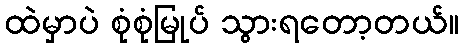
ထဲမှာပဲ စုံစုံမြုပ် သွားရတော့တယ်။